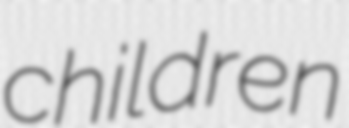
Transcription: children